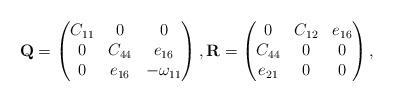
LaTeX: \begin{align*}\mathbf{Q}=\begin{pmatrix} C_{11}&0&0\\0&C_{44}&e_{16}\\0&e_{16}&-\omega_{11}\end{pmatrix},\mathbf{R}=\begin{pmatrix} 0&C_{12}&e_{16}\\C_{44}&0&0\\e_{21}&0&0\end{pmatrix},\end{align*}